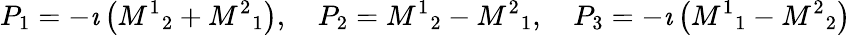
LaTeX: P_{1}=-\imath\left({M^{1}}_{2}+{M^{2}}_{1}\right),\quad P_{2}={M^{1}}_{2}-{M^{2}}_{1},\quad P_{3}=-\imath\left({M^{1}}_{1}-{M^{2}}_{2}\right)